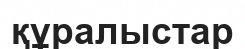
құралыстар